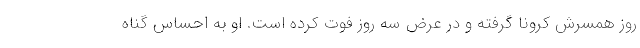
روز همسرش کرونا گرفته و در عرض سه روز فوت کرده است. او به احساس گناه